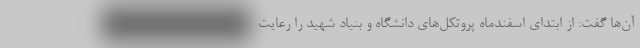
آن‌ها گفت: از ابتدای اسفندماه پروتکل‌های دانشگاه و بنیاد شهید را رعایت